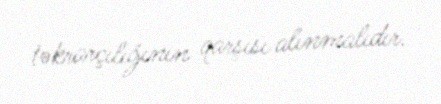
təkrarçılığının qarşısı alınmalıdır.